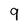
Character: 9